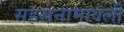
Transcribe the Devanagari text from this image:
सहस्रनामावली